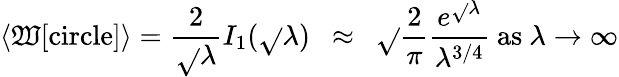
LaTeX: \langle\mathfrak{W}[\mathrm{{circle}}]\rangle=\frac{{2}}{{\sqrt{}{{\lambda}}}}I_{1}(\sqrt{}{{\lambda}})~~\approx~~\sqrt{}{{\frac{{2}}{{\pi}}}}\frac{{e^{\sqrt{}{{\lambda}}}}}{{\lambda^{3/4}}}~\mathrm{{as}}~\lambda\to\infty